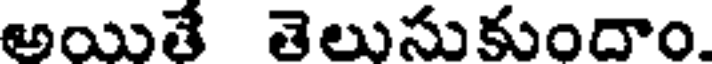
అయితే తెలుసుకుందాం.